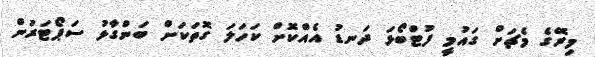
މިރޭގެ މެޗަށް ގައުމީ ފުޓްބޯޅަ ދަނޑު އެއްކޮށް ކަހަލަ ގޮތަކަށް ބަންގާޅު ސަޕޯޓަރުން